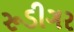
રૂડીગર